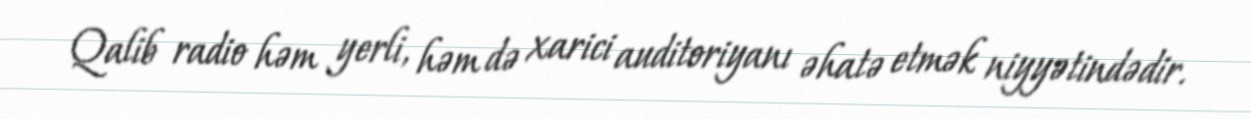
Qalib radio həm yerli, həm də xarici auditoriyanı əhatə etmək niyyətindədir.